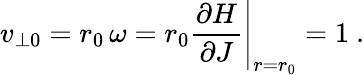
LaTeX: v_{\perp 0}=r_{0}\, \omega=r_{0}{\frac{\partial H}{\partial J}}\Bigg|_{r=r_{0}}=1\ .